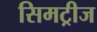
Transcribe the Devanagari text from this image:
सिमट्रीज